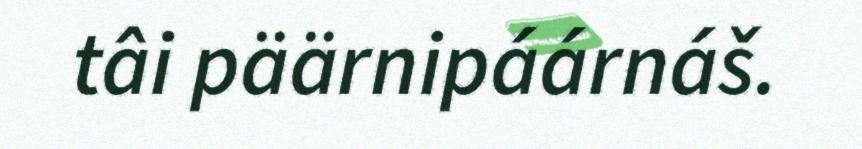
tâi päärnipáárnáš.